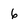
Character: 6